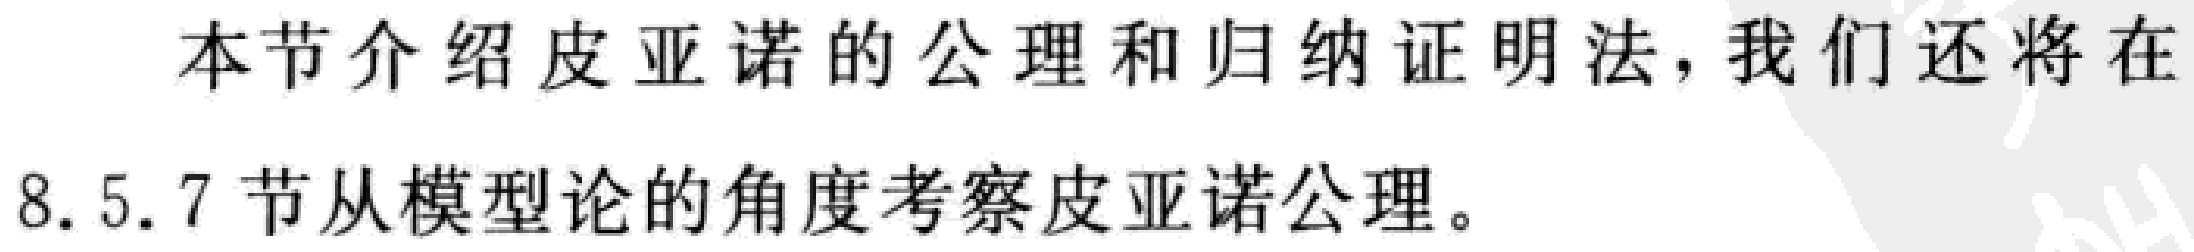
本节介绍皮亚诺的公理和归纳证明法，我们还将在8.5.7节从模型论的角度考察皮亚诺公理。